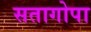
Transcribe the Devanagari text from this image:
सतागोपा